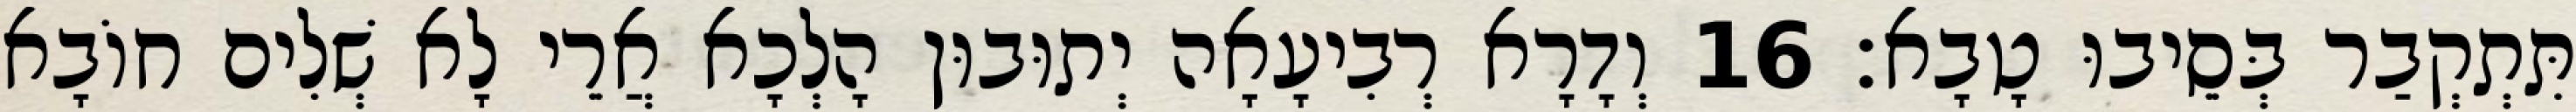
תִּתְקְבַר בְּסֵיבוּ טָבָא׃ 16 וְדָרָא רְבִיעָאָה יְתוּבוּן הָלְכָא אֲרֵי לָא שְׁלִים חוֹבָא